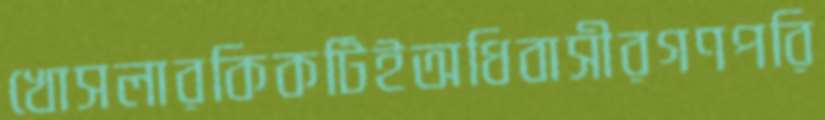
খোসলারকিকটিইঅধিবাসীরগণপরি